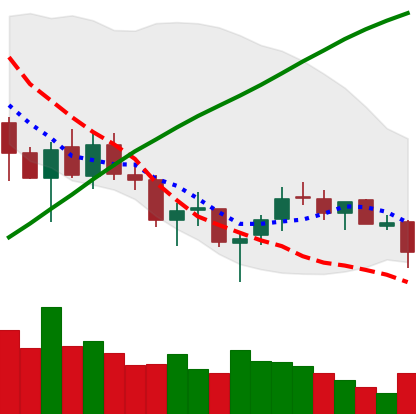
Ticker: LTC-USD
Chart end date: 2018-03-26
Forward return: -21.856%
Label: down_7plus